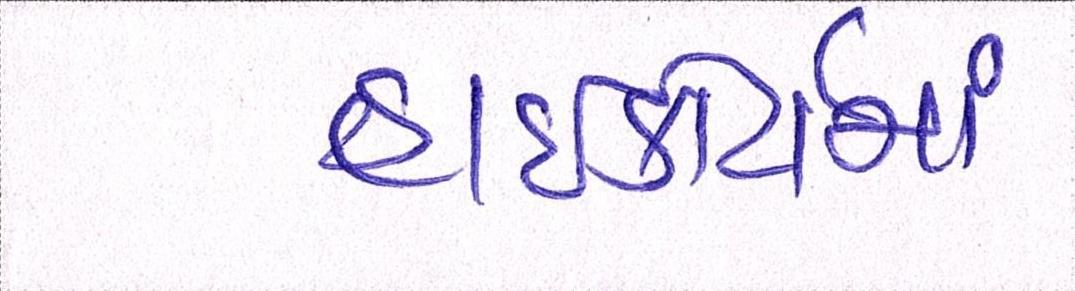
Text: હાઇકોર્ટોમાં